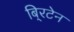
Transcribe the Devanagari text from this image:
बि्रटेन